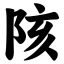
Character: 陔